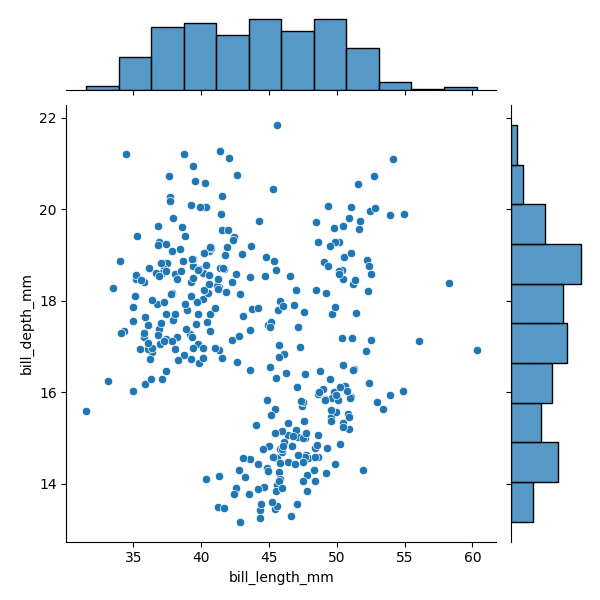
python, seaborn, JointGrid, scatterplot, histplot